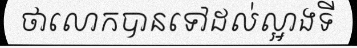
ថាលោកបានទៅដល់ល្អាងទី